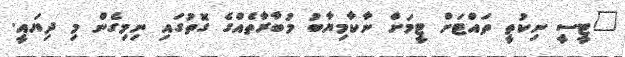
"ޓީސީ ނިކުތީ ތައްޓަށް ޓީމަށް ނާކާމިޔާބު މުބާރާތެއްގެ ގޮތުގައި ނިމިގެން މި ދިޔައީ.